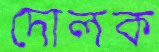
দোলক